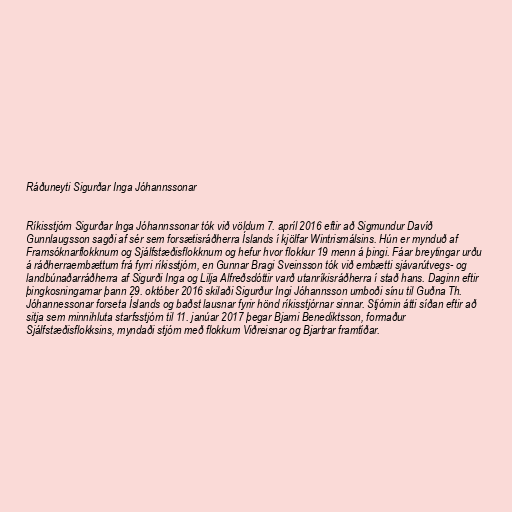
Ráðuneyti Sigurðar Inga Jóhannssonar

Ríkisstjórn Sigurðar Inga Jóhannssonar tók við völdum 7. apríl 2016 eftir að Sigmundur Davíð
Gunnlaugsson sagði af sér sem forsætisráðherra Íslands í kjölfar Wintrismálsins. Hún er mynduð af
Framsóknarflokknum og Sjálfstæðisflokknum og hefur hvor flokkur 19 menn á þingi. Fáar breytingar urðu
á ráðherraembættum frá fyrri ríkisstjórn, en Gunnar Bragi Sveinsson tók við embætti sjávarútvegs- og
landbúnaðarráðherra af Sigurði Inga og Lilja Alfreðsdóttir varð utanríkisráðherra í stað hans. Daginn eftir
þingkosningarnar þann 29. október 2016 skilaði Sigurður Ingi Jóhannsson umboði sínu til Guðna Th.
Jóhannessonar forseta Íslands og baðst lausnar fyrir hönd ríkisstjórnar sinnar. Stjórnin átti síðan eftir að
sitja sem minnihluta starfsstjórn til 11. janúar 2017 þegar Bjarni Benediktsson, formaður
Sjálfstæðisflokksins, myndaði stjórn með flokkum Viðreisnar og Bjartrar framtíðar.